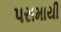
પરામાયી